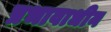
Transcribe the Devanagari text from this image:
प्रभावाधीन